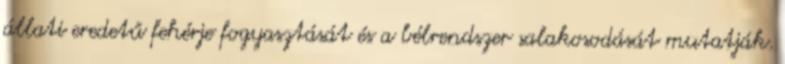
állati eredetű fehérje fogyasztását és a bélrendszer salakosodását mutatják.